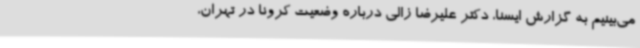
می‌بینیم به گزارش ایسنا، دکتر علیرضا زالی درباره وضعیت کرونا در تهران،